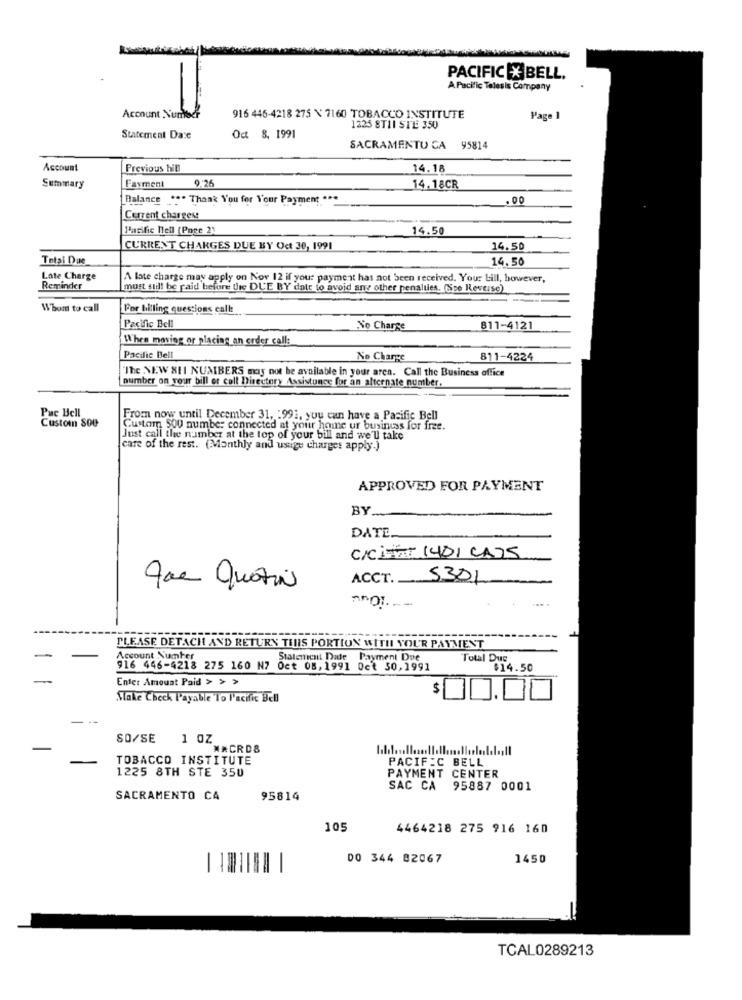
PACIFIC X BELL.
A Pacific Telesis Company
Account Number
916 446-4218 275 N 7160 TOBACCO INSTITUTE
Page 1
1225 8TIL STE 350
Statement Date
Od 8, 1991
SACRAMENTO CA 95814
Account
Previous hill
14.18
9.26
Summary
Faxment
14.18CR
Balance ... Thank You for Your Payment ***
.00
Current charges!
Pacific Hell (Page 2)
14.50
CURRENT CHARGES DUE BY Oct 30, 1991
14.50
Total Due
14.50
Late Charge
A late charge may apply on Nov 12 if your payment has not been received. Your Lill, however,
Reminder
most still be paid before the DUE BY date to avoid any other penalties. (Sse Reverse)
Whom to call
For billing questions calle
Pacific Bell
No Charge
811-4121
When moving or placing an order call:
Pacific Bell
No Charge
811-4224
"The NEW XII NUMBERS may not be available in your area. Call the Business office
number on your bill or coll Directory Assistance for an alternate number.
Puc Bell
From now until December 31, : 991, you can have a Pasific Bell
Custom SOU
Custom 800 number connected at your home or business for free.
Just call the number at the top of your bill and we'll take
care of the rest. (Monthly and ustige charges apply.)
APPROVED FOR PAYMENT
BY.
DATE.
C/C Mar 140) CAJS
ACCT. 5301
Jac Quatin
PLEASE DETACH AND RETURN THIS PORTION WITH YOUR PAYMENT
Account Number
Statement Date Payment Due
Total Due
916 446-4218 275 160 N7 Oct 08,1991 0et 50,1991
$14.50
Enter Amount Paid > > >
$1
Stake Check Payable To l'acific Bell
SO/SE
1 OZ
NRCRDS
TOBACCO INSTITUTE
PACIFIC BELL
1225 8TH STE 350
PAYMENT CENTER
SAC CA 95887 0001
SACRAMENTO CA
95814
105
4464218 275 916 160
DO 344 82067
1450
TCAL0289213